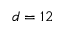
d = 1 2